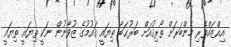
އިއްޒައްތެރި މެންބަރަށް ތޯރިޤުއަށް ބަރުޙަބާ ތިޔައީ ޤައުމުގެ ޒުވާނުން ނަކީ ތިޔައީ ތިޔައީ